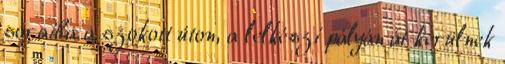
soraiba a szokott úton, a lelkészi pályán át kerülnek